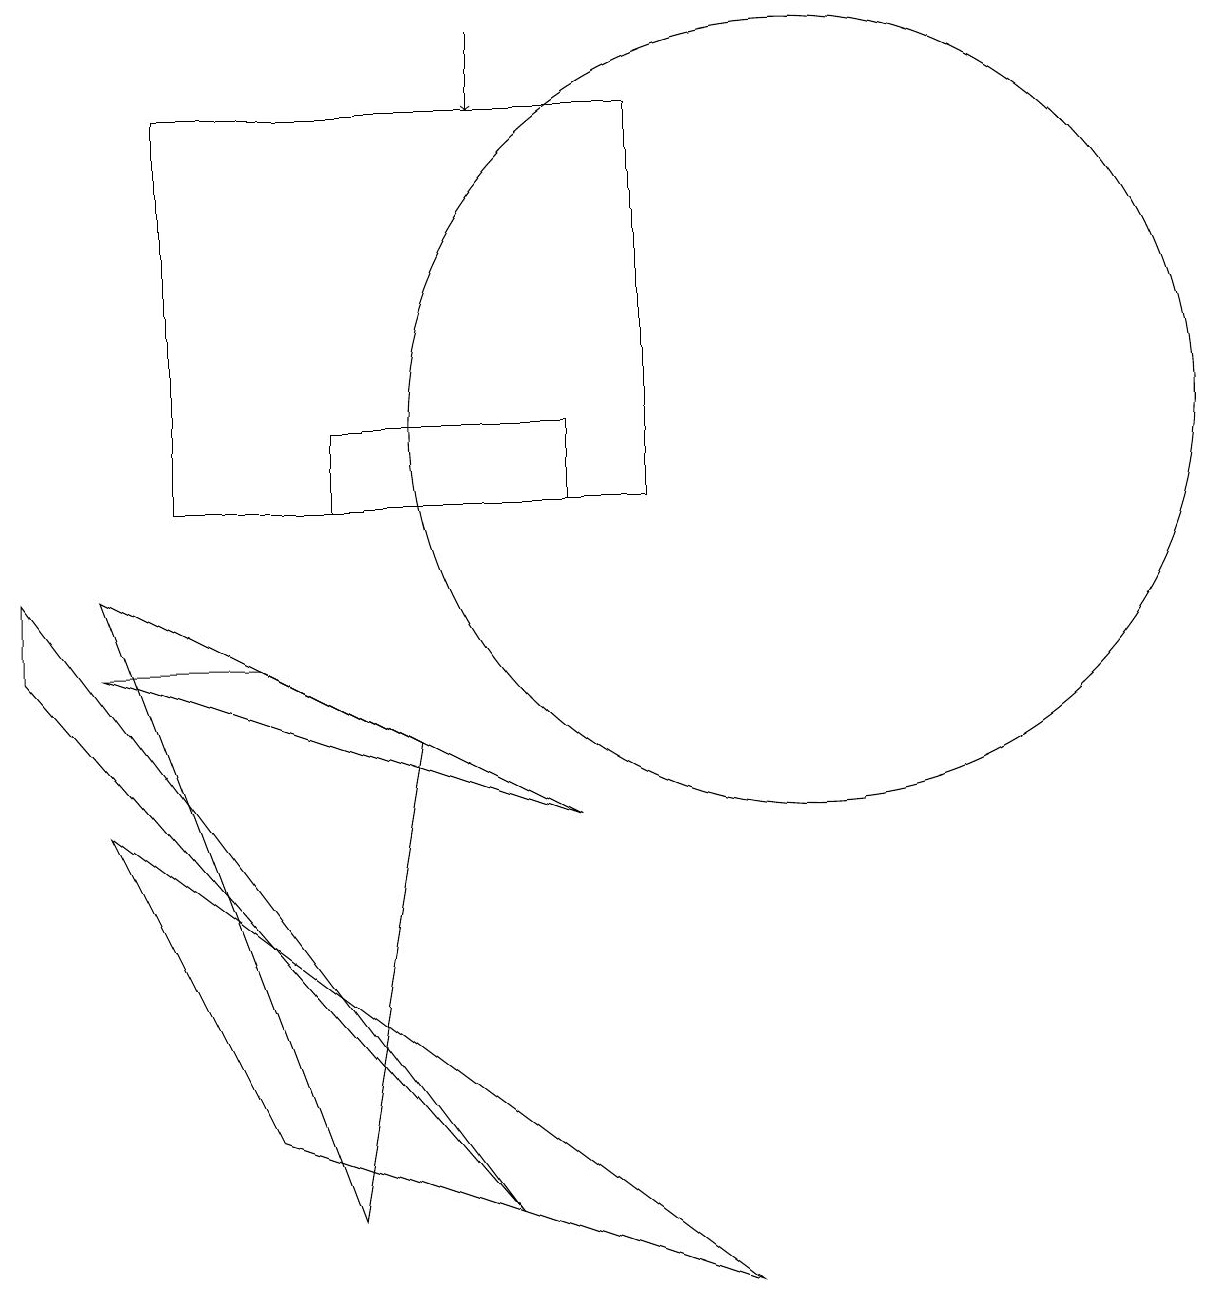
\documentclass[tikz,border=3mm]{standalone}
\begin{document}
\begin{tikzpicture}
\draw (4,11) rectangle (7,10);
\draw (4,1) -- (1,9) -- (5,7) -- cycle;
\draw (10,11) circle (5);
\draw (3,2) -- (9,0) -- (1,6) -- cycle;
\draw (2,10) rectangle (8,15);
\draw (1,8) -- (7,6) -- (3,8) -- cycle;
\draw[->] (6,16) -- (6,15);
\draw (6,1) -- (0,9) -- (0,8) -- cycle;
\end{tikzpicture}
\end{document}